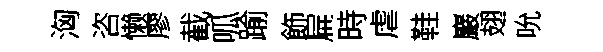
洶咨懒廖截呱踰飾扁時虐鞋巖翅吮